Scientific memoirs by medical officers of the Army of India - Part II,
Year: 1886
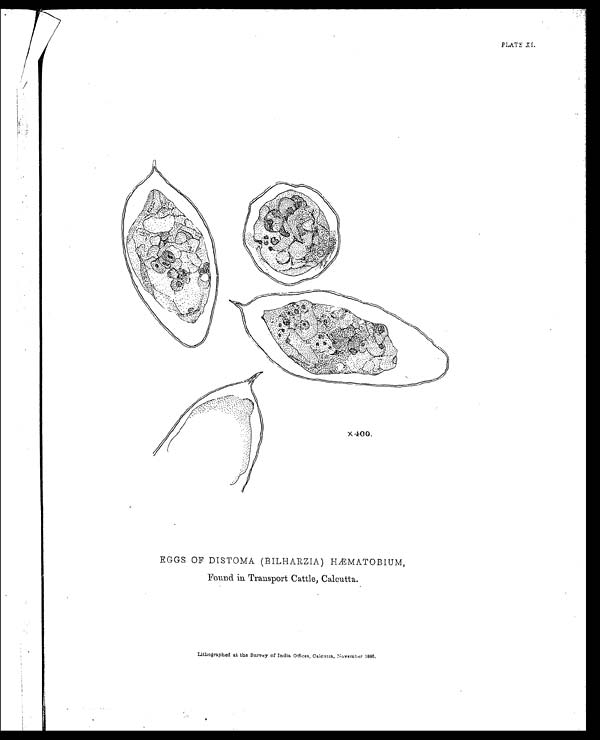
PLATE XI.
EGGS OF DISTOMA (BILHARZIA) HÆMATOBIUM,
Found in Transport Cattle, Calcutta.
Lithographed at the Survey of India Offices, Calcutta, November 1886.